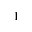
^ 1